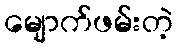
မျောက်ဖမ်းတဲ့